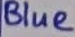
Text: Blue